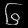
Digit: ၆